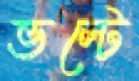
ভল্টে